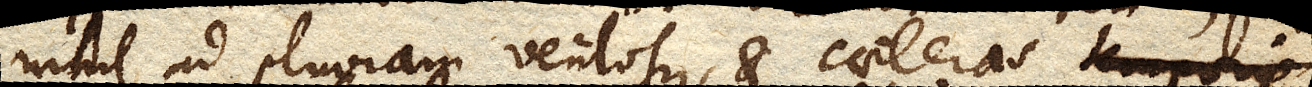
nihil ad pluviam ventosque, et caeteras temporis